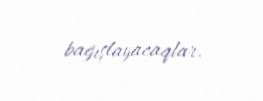
bağışlayacaqlar.